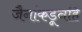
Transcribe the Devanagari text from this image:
जैनांकडूनहि